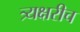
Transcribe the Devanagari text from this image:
त्र्यक्षरीच